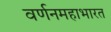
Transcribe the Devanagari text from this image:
वर्णनमहाभारत